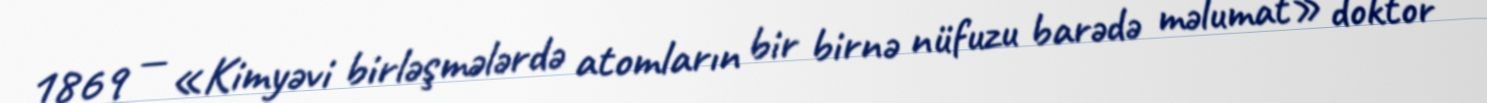
1869 — «Kimyəvi birləşmələrdə atomların bir birnə nüfuzu barədə məlumat» doktor